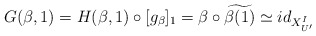
\begin{align*} G(\beta ,1) = H(\beta ,1) \circ [g_{\beta}]_{1} =\beta \circ \widetilde{\beta(1)} \simeq id_{X_{U'}^{I}}\end{align*}